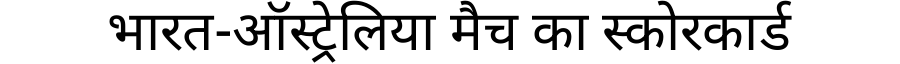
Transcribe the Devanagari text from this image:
भारत-ऑस्ट्रेलिया मैच का स्कोरकार्ड